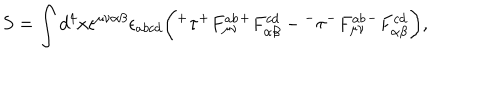
S = \int d ^ { 4 } x \epsilon ^ { \mu \nu \alpha \beta } \epsilon _ { a b c d } \bigg ( { ^ + } \tau { ^ + } F _ { \mu \nu } ^ { a b } { ^ + } F _ { \alpha \beta } ^ { c d } - { ^ - } \tau { ^ - } F _ { \mu \nu } ^ { a b } { ^ - } F _ { \alpha \beta } ^ { c d } \bigg ) ,